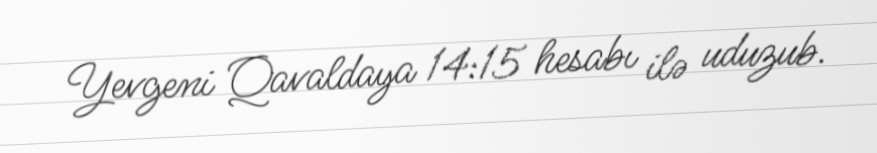
Yevgeni Qavaldaya 14:15 hesabı ilə uduzub.